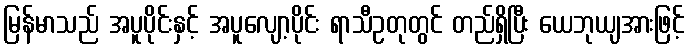
မြန်မာသည် အပူပိုင်းနှင့် အပူလျော့ပိုင်း ရာသီဥတုတွင် တည်ရှိပြီး ယေဘုယျအားဖြင့်